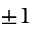
\pm 1